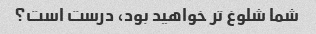
شما شلوغ تر خواهید بود، درست است؟